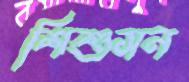
শিশুসন